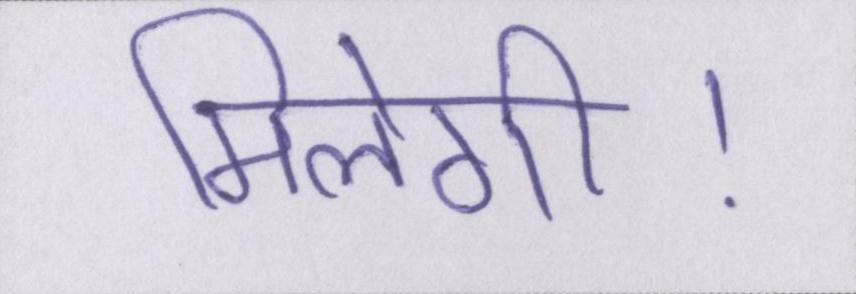
मिलेगी।